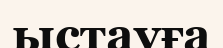
ыстауға